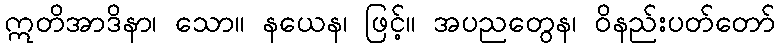
ဣတိအာဒိနာ၊ သော။ နယေန၊ ဖြင့်။ အပညတွေန၊ ဝိနည်းပတ်တော်